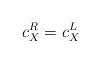
LaTeX: \begin{align*} c^R_X=c^L_X\end{align*}